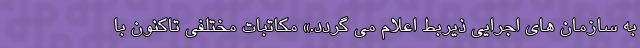
به سازمان های اجرایی ذیربط اعلام می گردد.» مکاتبات مختلفی تاکنون با